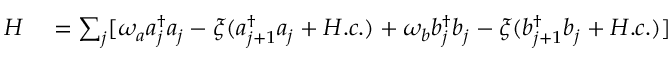
\begin{array} { r l } { H } & { { } = \sum _ { j } [ \omega _ { a } a _ { j } ^ { \dag } a _ { j } - \xi ( a _ { j + 1 } ^ { \dag } a _ { j } + H . c . ) + \omega _ { b } b _ { j } ^ { \dag } b _ { j } - \xi ( b _ { j + 1 } ^ { \dag } b _ { j } + H . c . ) ] } \end{array}